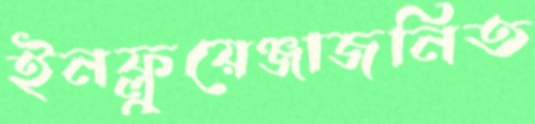
ইনফ্লুয়েঞ্জাজনিত